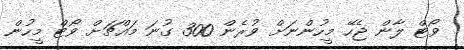
ވޯޓް ލާން ޖެހޭ މީހުންނަށް ވުރެން 300 ގުނަ މައްޗަށް ވޯޓް މީހުން